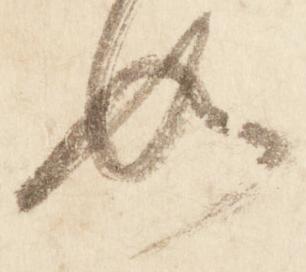
如